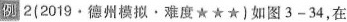
2(2019·德州模拟。难度\star\star\star)如图3-34，在